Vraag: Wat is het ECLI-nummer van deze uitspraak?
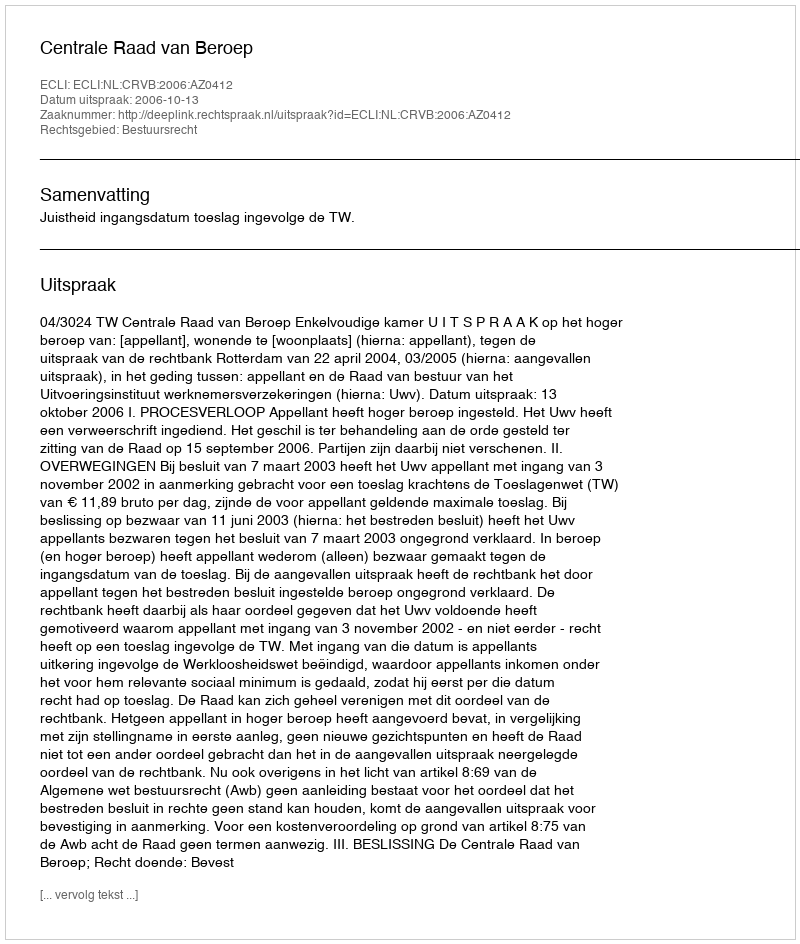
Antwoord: ECLI:NL:CRVB:2006:AZ0412